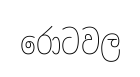
රොටවල